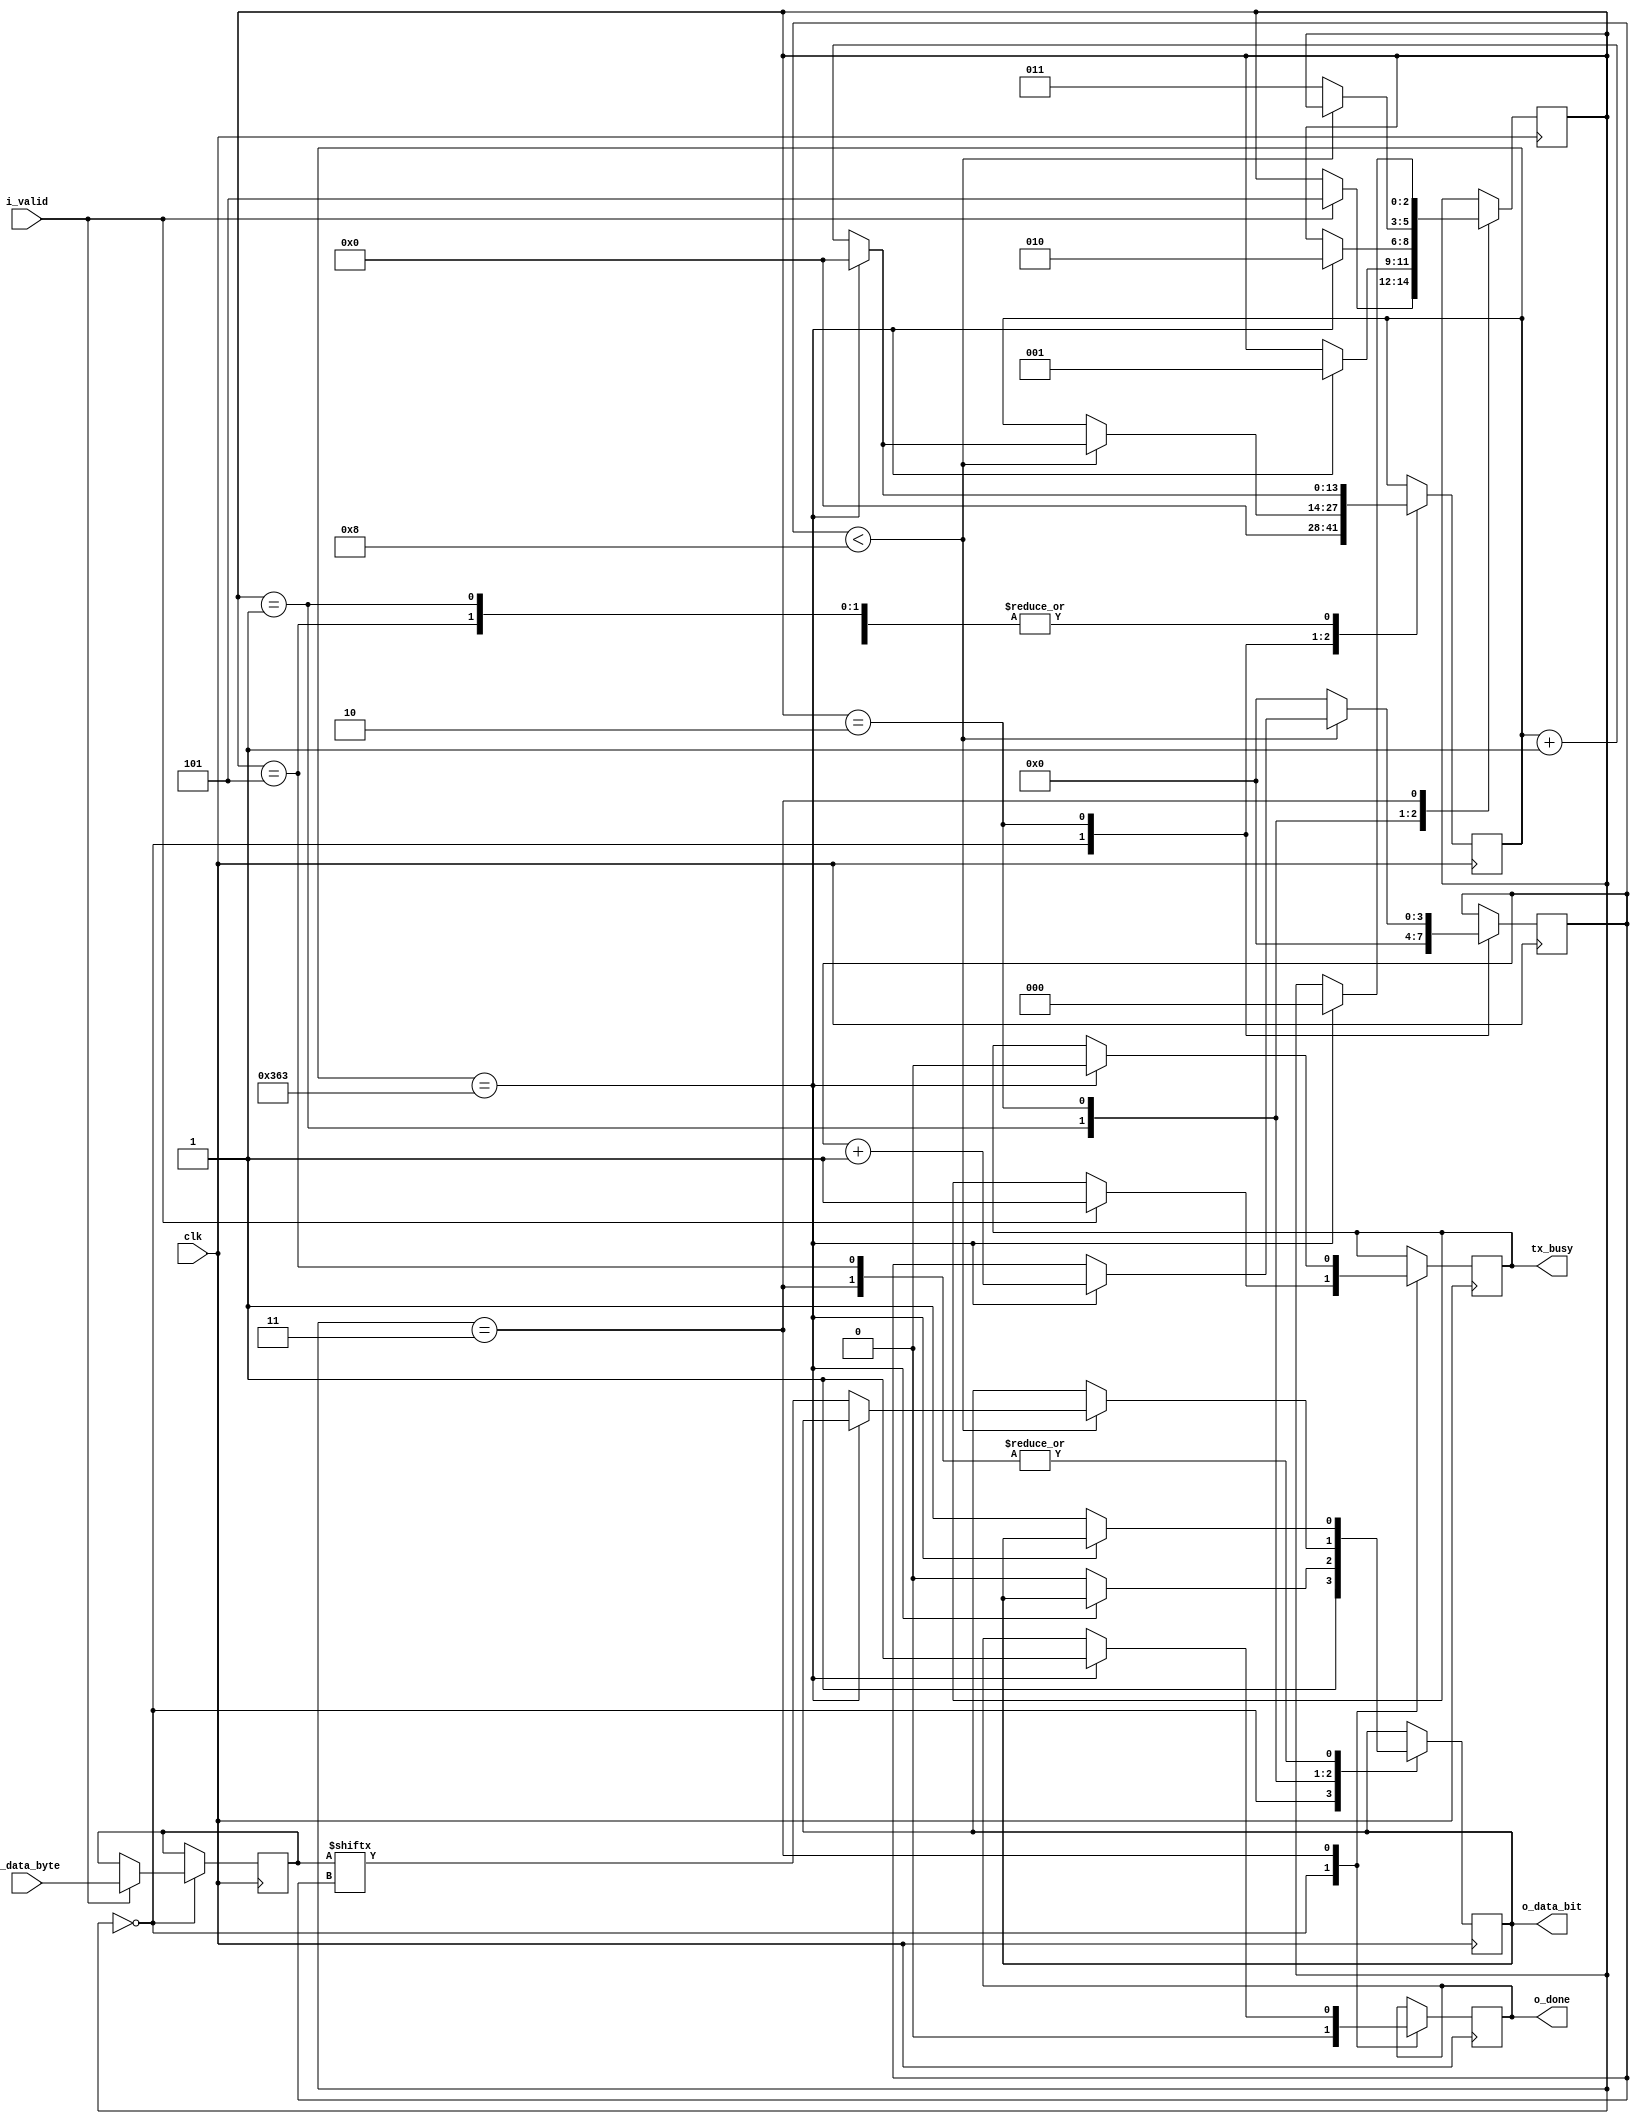
module uart_tx #(parameter CLKS_PER_BITS = 868)( 
  input [7:0] i_data_byte, //The input to the tx is a byte 
  output      o_data_bit,  //The output from the tx is a bit sent out 8 times serially
  input       clk,
  output      o_done,      //Done is raised when it is done sending all the 8 bits
  input       i_valid,     //It starts converting a byte to bit when it gets a valid
  output      tx_busy      //Busy is high until it transmits one byte
);
  reg         r_tx_busy = 0;
  reg         r_o_data_bit = 1; 
  reg [13:0]  r_counter = 0;// Keeps track of no. of counts tx has to wait to send each bit based on baud rate
  reg [3:0]   r_index = 0;  // Keeps track of bit count (0 to 7) to transmit 8 bits
  reg [2:0]   p_state = 0;
  reg         r_o_done = 0;
  reg [7:0]   r_i_data = 0;
  parameter   IDLE = 2'd0;
  parameter   START_BIT = 2'd1;
  parameter   DATA_BITS = 2'd2;
  parameter   STOP_BIT = 2'd3;
  parameter   STOP_BIT_2 = 2'd4;
  
  assign o_done = r_o_done;
  assign o_data_bit = r_o_data_bit;
  
  always @(posedge clk) begin
    case (p_state)
      IDLE : begin
        r_o_done <= 0;
        r_index <= 0;
        r_counter <= 0;
        r_o_data_bit <= 1;
        if (i_valid == 1) begin
          p_state <= 5;
          r_tx_busy <= 1'b1;
          r_i_data <= i_data_byte;
        end
      end
      
      5: begin
        if(r_counter == CLKS_PER_BITS - 1) begin
          r_counter <= 0;
          p_state <= START_BIT;            
        end else begin
          r_counter <= r_counter + 1;
          r_o_data_bit <= 1'b1;
        end
      end
      
      START_BIT : begin
        if(r_counter == CLKS_PER_BITS - 1) begin
          r_counter <= 0;
          p_state <= DATA_BITS;            
        end else begin
          r_counter <= r_counter + 1;
          r_o_data_bit <= 1'b0;
        end
      end
      
      DATA_BITS : begin
        if (r_index < 8) begin
            if (r_counter == CLKS_PER_BITS - 1) begin
              r_counter <= 0;
              r_index <= r_index + 1;
            end
            else begin
              r_o_data_bit <= r_i_data [r_index];
              r_counter <= r_counter + 1;
            end 
        end else begin
            r_index <= 0;
            p_state <= STOP_BIT;
        end
      end
      STOP_BIT : begin
        if (r_counter == CLKS_PER_BITS - 1) begin
          r_counter <= 0;
          r_o_done <= 1;
          p_state <= IDLE;
          r_tx_busy <= 1'b0;
        end
        else begin
          r_o_data_bit <= 1'b1;
          r_counter <= r_counter + 1;      
        end
      end     
    endcase
  end 
  assign tx_busy = r_tx_busy;
     
endmodule